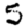
Digit: 5